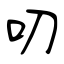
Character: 叨